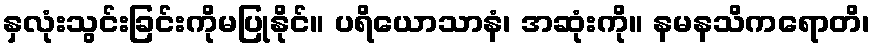
နှလုံးသွင်းခြင်းကိုမပြုနိုင်။ ပရိယောသာနံ၊ အဆုံးကို။ နမနသိကရောတိ၊